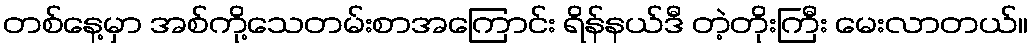
တစ်နေ့မှာ အစ်ကို့သေတမ်းစာအကြောင်း ရိန်နယ်ဒီ တဲ့တိုးကြီး မေးလာတယ်။